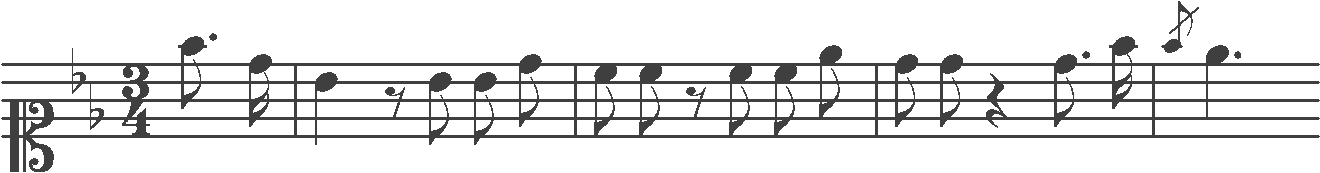
Transcription: clef-C1 keySignature-BbM timeSignature-3/4 note-F5_eighth. note-D5_sixteenth barline note-Bb4_quarter rest-eighth note-Bb4_eighth note-Bb4_eighth note-D5_eighth barline note-C5_eighth note-C5_eighth rest-eighth note-C5_eighth note-C5_eighth note-Eb5_eighth barline note-D5_eighth note-D5_eighth rest-quarter note-D5_eighth. note-F5_sixteenth barline gracenote-F5_eighth note-Eb5_quarter.